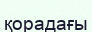
қорадағы